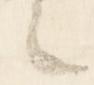
之